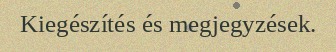
Kiegészítés és megjegyzések.